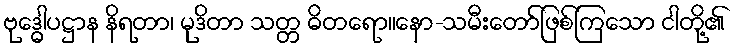
ဗုဒ္ဓေါပဋ္ဌာန နိရတာ၊ မုဒိတာ သတ္တ ဓိတရော။နော-သမီးတော်ဖြစ်ကြသော ငါတို့၏